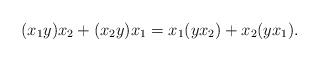
LaTeX: \begin{align*} (x_1 y)x_2 + ( x_2 y) x_1 = x_1 (y x_2) + x_2 (yx_1).\end{align*}